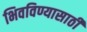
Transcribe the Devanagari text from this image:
भिवविण्यासाठी